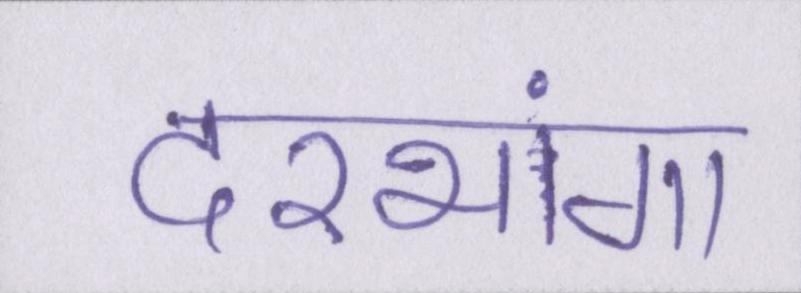
दरभंगा